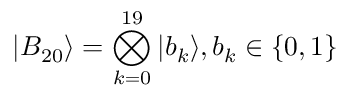
| B _ { 2 0 } \rangle = \bigotimes _ { k = 0 } ^ { 1 9 } | b _ { k } \rangle , b _ { k } \in \{ 0 , 1 \}